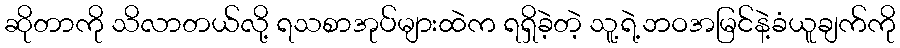
ဆိုတာကို သိလာတယ်လို့ ရသစာအုပ်များထဲက ရရှိခဲ့တဲ့ သူ့ရဲ့ဘဝအမြင်နဲ့ခံယူချက်ကို